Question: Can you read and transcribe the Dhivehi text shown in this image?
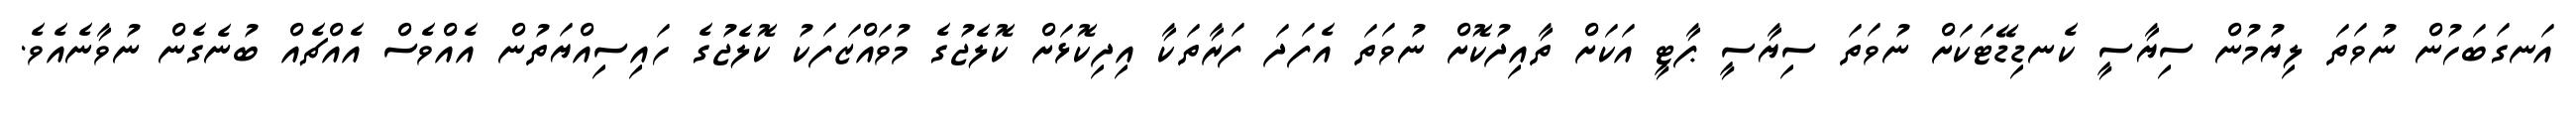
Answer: އަނގަބަހުން ނުވަތަ ލިޔުމުން ސިޔާސީ ކެނޑިޑޭޓަކަށް ނުވަތަ ސިޔާސީ ޕާޓީ އަކަށް ތާއިދުކޮށް ނުވަތަ އެފަދަ ފަރާތަކާ އިދިކޮޅަށް ކޮލެޖުގެ މުވައްޒަފަކު ކޮލެޖުގެ ހައިސިއްޔަތުން އެއްވެސް އެއްޗެއް ބުނެގެން ނުވާނެއެވެ.